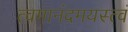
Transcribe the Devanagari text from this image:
त्वमानंदमयस्त्वं